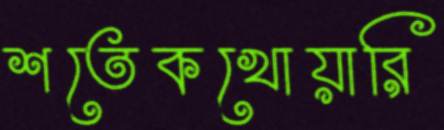
শতেকখোয়ারি